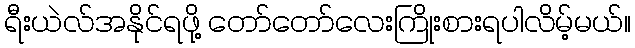
ရီးယဲလ်အနိုင်ရဖို့ တော်တော်လေးကြိုးစားရပါလိမ့်မယ်။